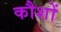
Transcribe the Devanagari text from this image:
कौशों